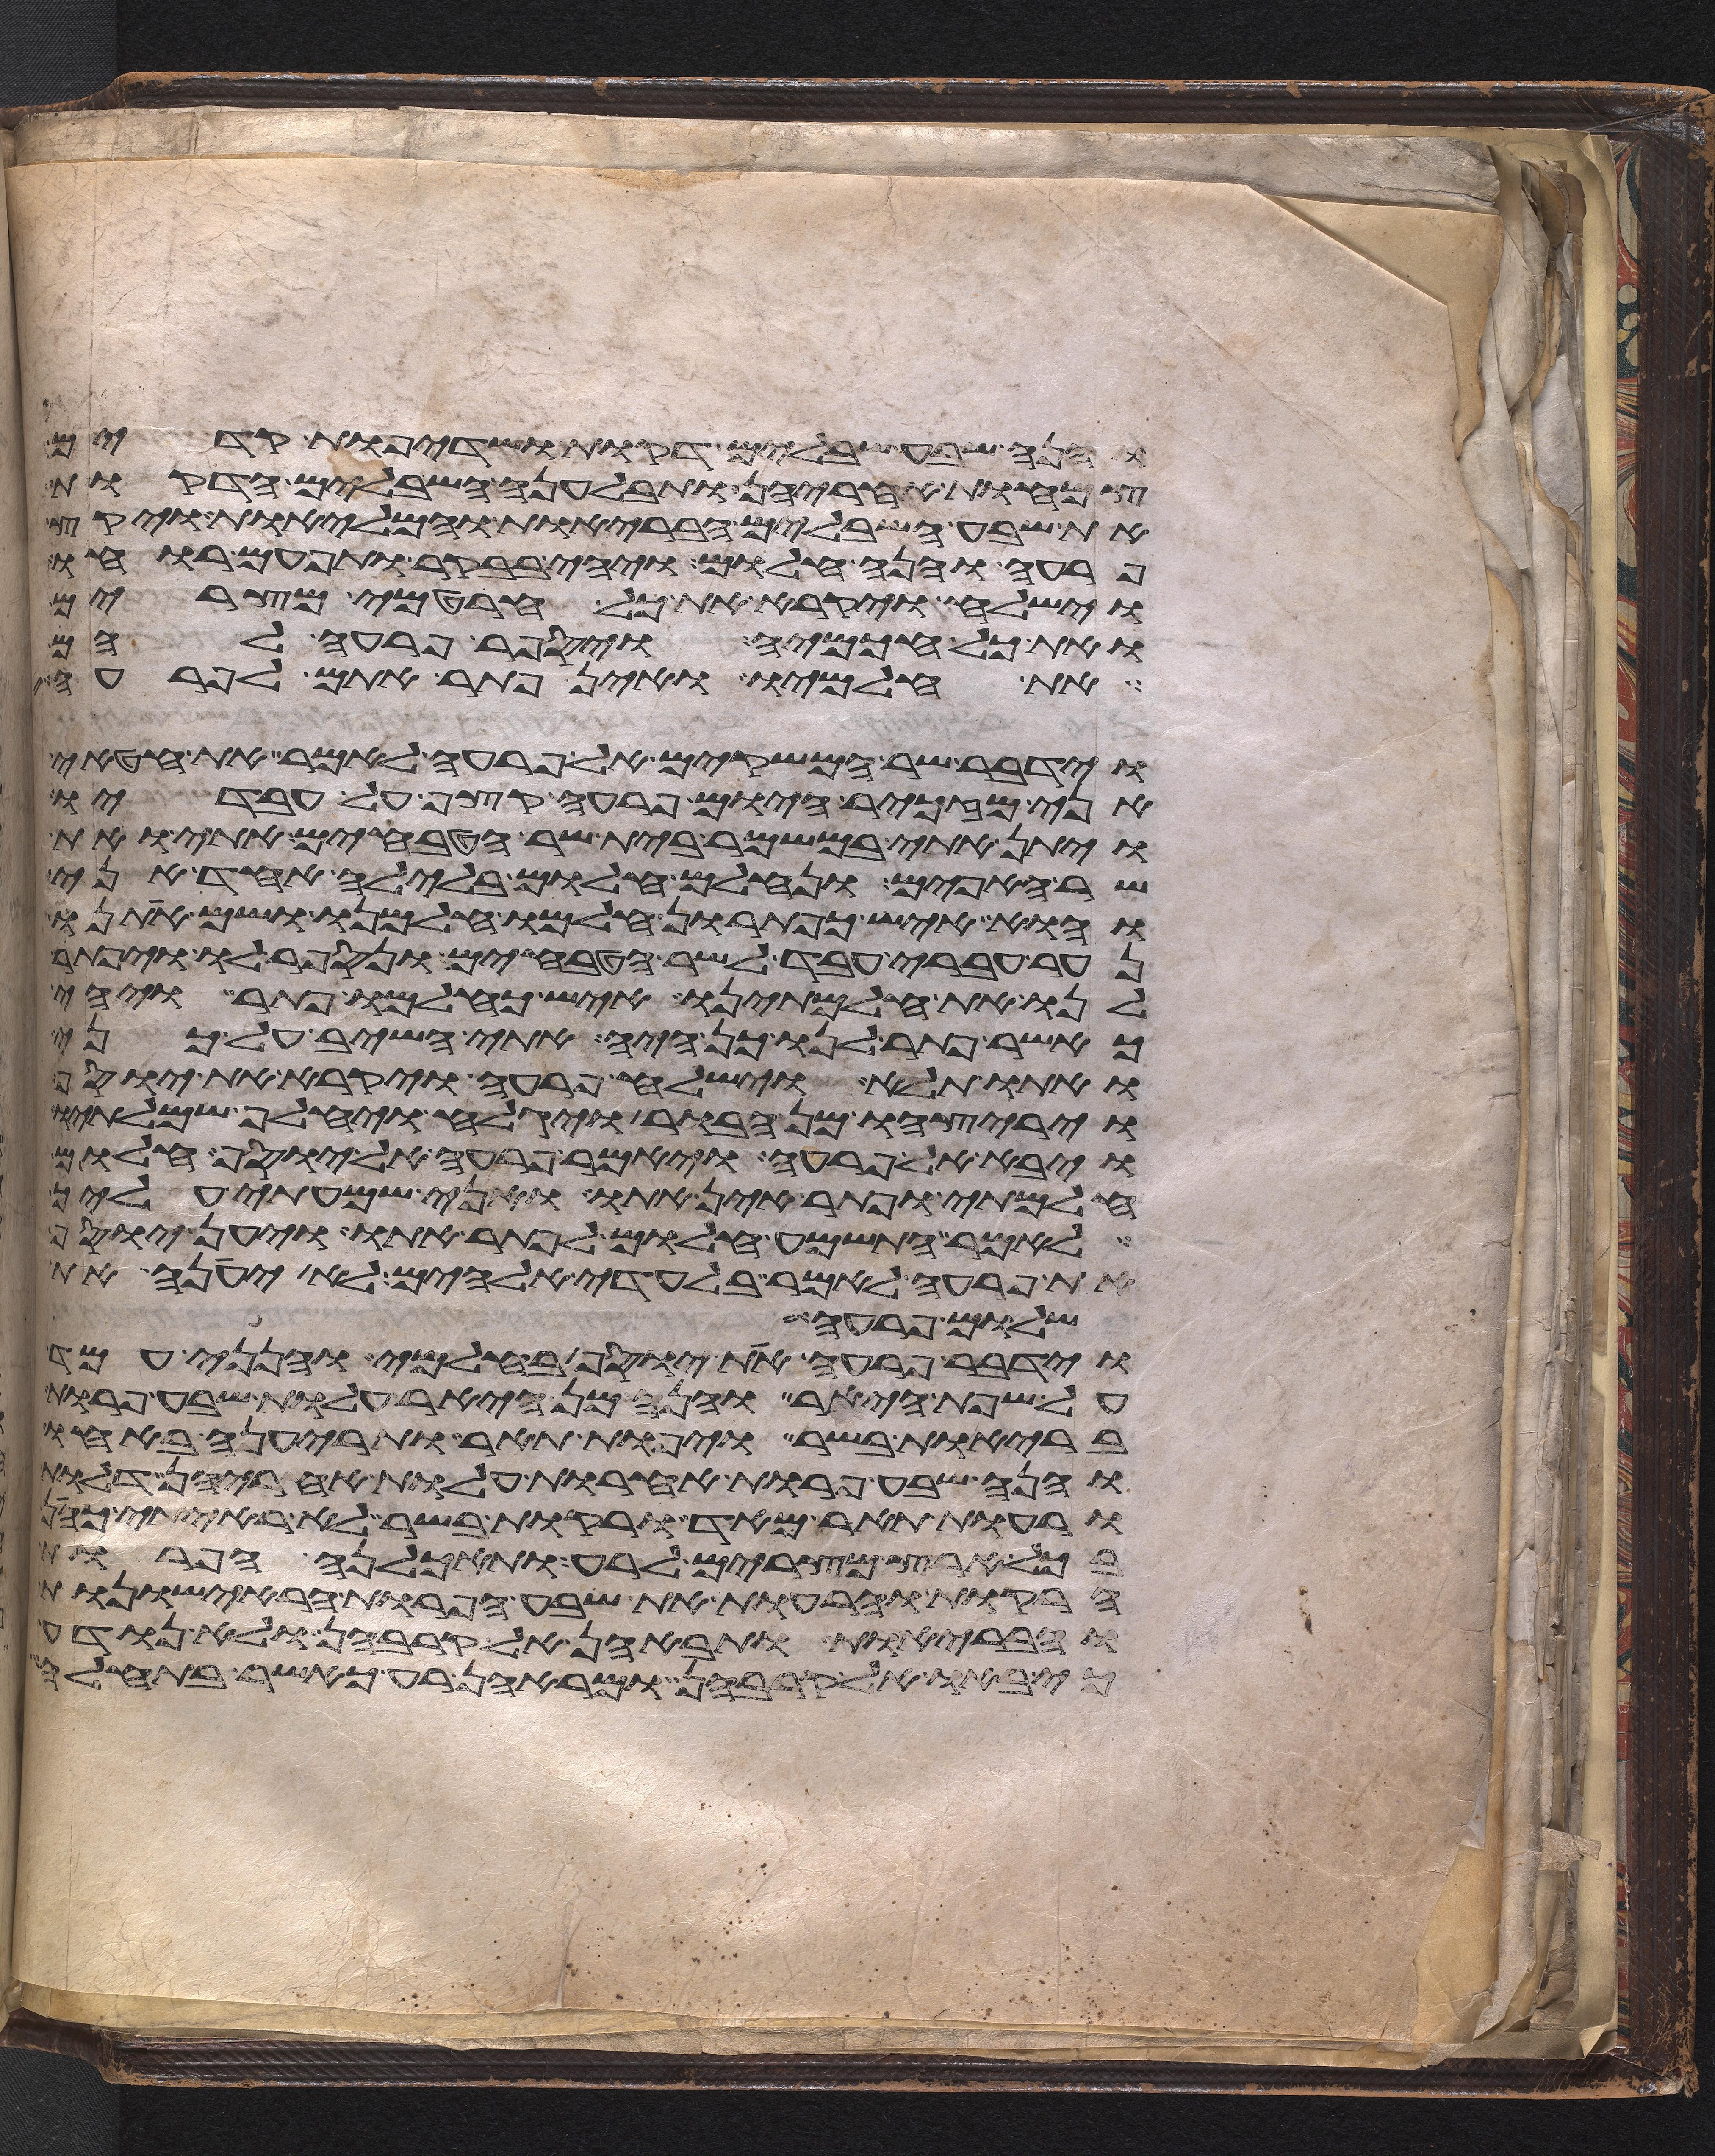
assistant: והנה שבע שבלים דקות ושדיפת קדים
צמחות אחריהן ותבלענה השבלים הדקות
את שבע השבלים הבריות והמליות ויקץ
פרעה והנה חלום ויהי בבקר ותפעם רוחו
וישלח ויקרא את כל חרטמי מצרים
ואת כל חכמיה ויספר פרעה להם
את חלמיו ואין פתר אתם לפרעה
וידבר שר המשקים אל פרעה לאמר את חטאי
אני מזכיר היום פרעה קצף על עבדיו
ויתן אתי במשמר בית שר הטבחים אתי ואת
שר האפים ונחלם חלום בלילה אחד אני
והוא איש כפתרון חלמו חלמנו ושם אתנו
נער עברי עבד לשר הטבחים ונספר לו ויפתר
לנו את חלמתינו איש כחלמו פתר ויהי
כאשר פתר לנו כן היה אתי השיב על כני
ואתו תלא וישלח פרעה ויקרא את יוסף
ויריצהו מן הבור ויגלח ויחלף שמלתיו
ויבא אל פרעה ויאמר פרעה אל יוסף חלום
חלמתי ופתר אין אתו ואני שמעתי עליך
לאמר התשמע חלום לפתר אתו ויען יוסף
את פרעה לאמר בלעדי אלהים לא יענה את
שלום פרעה
וידבר פרעה את יוסף בחלמי והנני עמד
על שפת היאר והנה מן היאר עלות שבע פרות
בריות בשר ויפות תאר ותריענה באחו
והנה שבע פרות אחרות עלות אחריהן דלות
ורעות תאר מאד ורקות בשר לא ראיתי כהן
בכל ארץ מצרים לרע ותאכלנה הפרות
הרקות והרעות את שבע הפרות הראישונות
והבריות ותבאנה אל קרבהן ולא נודע
כי באו אל קרבהן ומראהן רע כאשר בתחלה